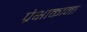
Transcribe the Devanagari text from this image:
प्रेक्षाकाना